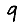
Digit: 9